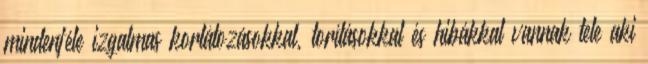
mindenféle izgalmas korlátozásokkal, torításokkal és hibákkal vannak tele aki